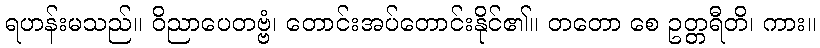
ရဟန်းမသည်။ ဝိညာပေတဗ္ဗံ၊ တောင်းအပ်တောင်းနိုင်၏။ တတော စေ ဥတ္တရီတိ၊ ကား။